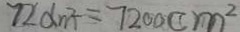
7 2 d m ^ { 2 } = 7 2 0 0 c m ^ { 2 }